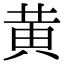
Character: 黄